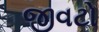
જીવટો